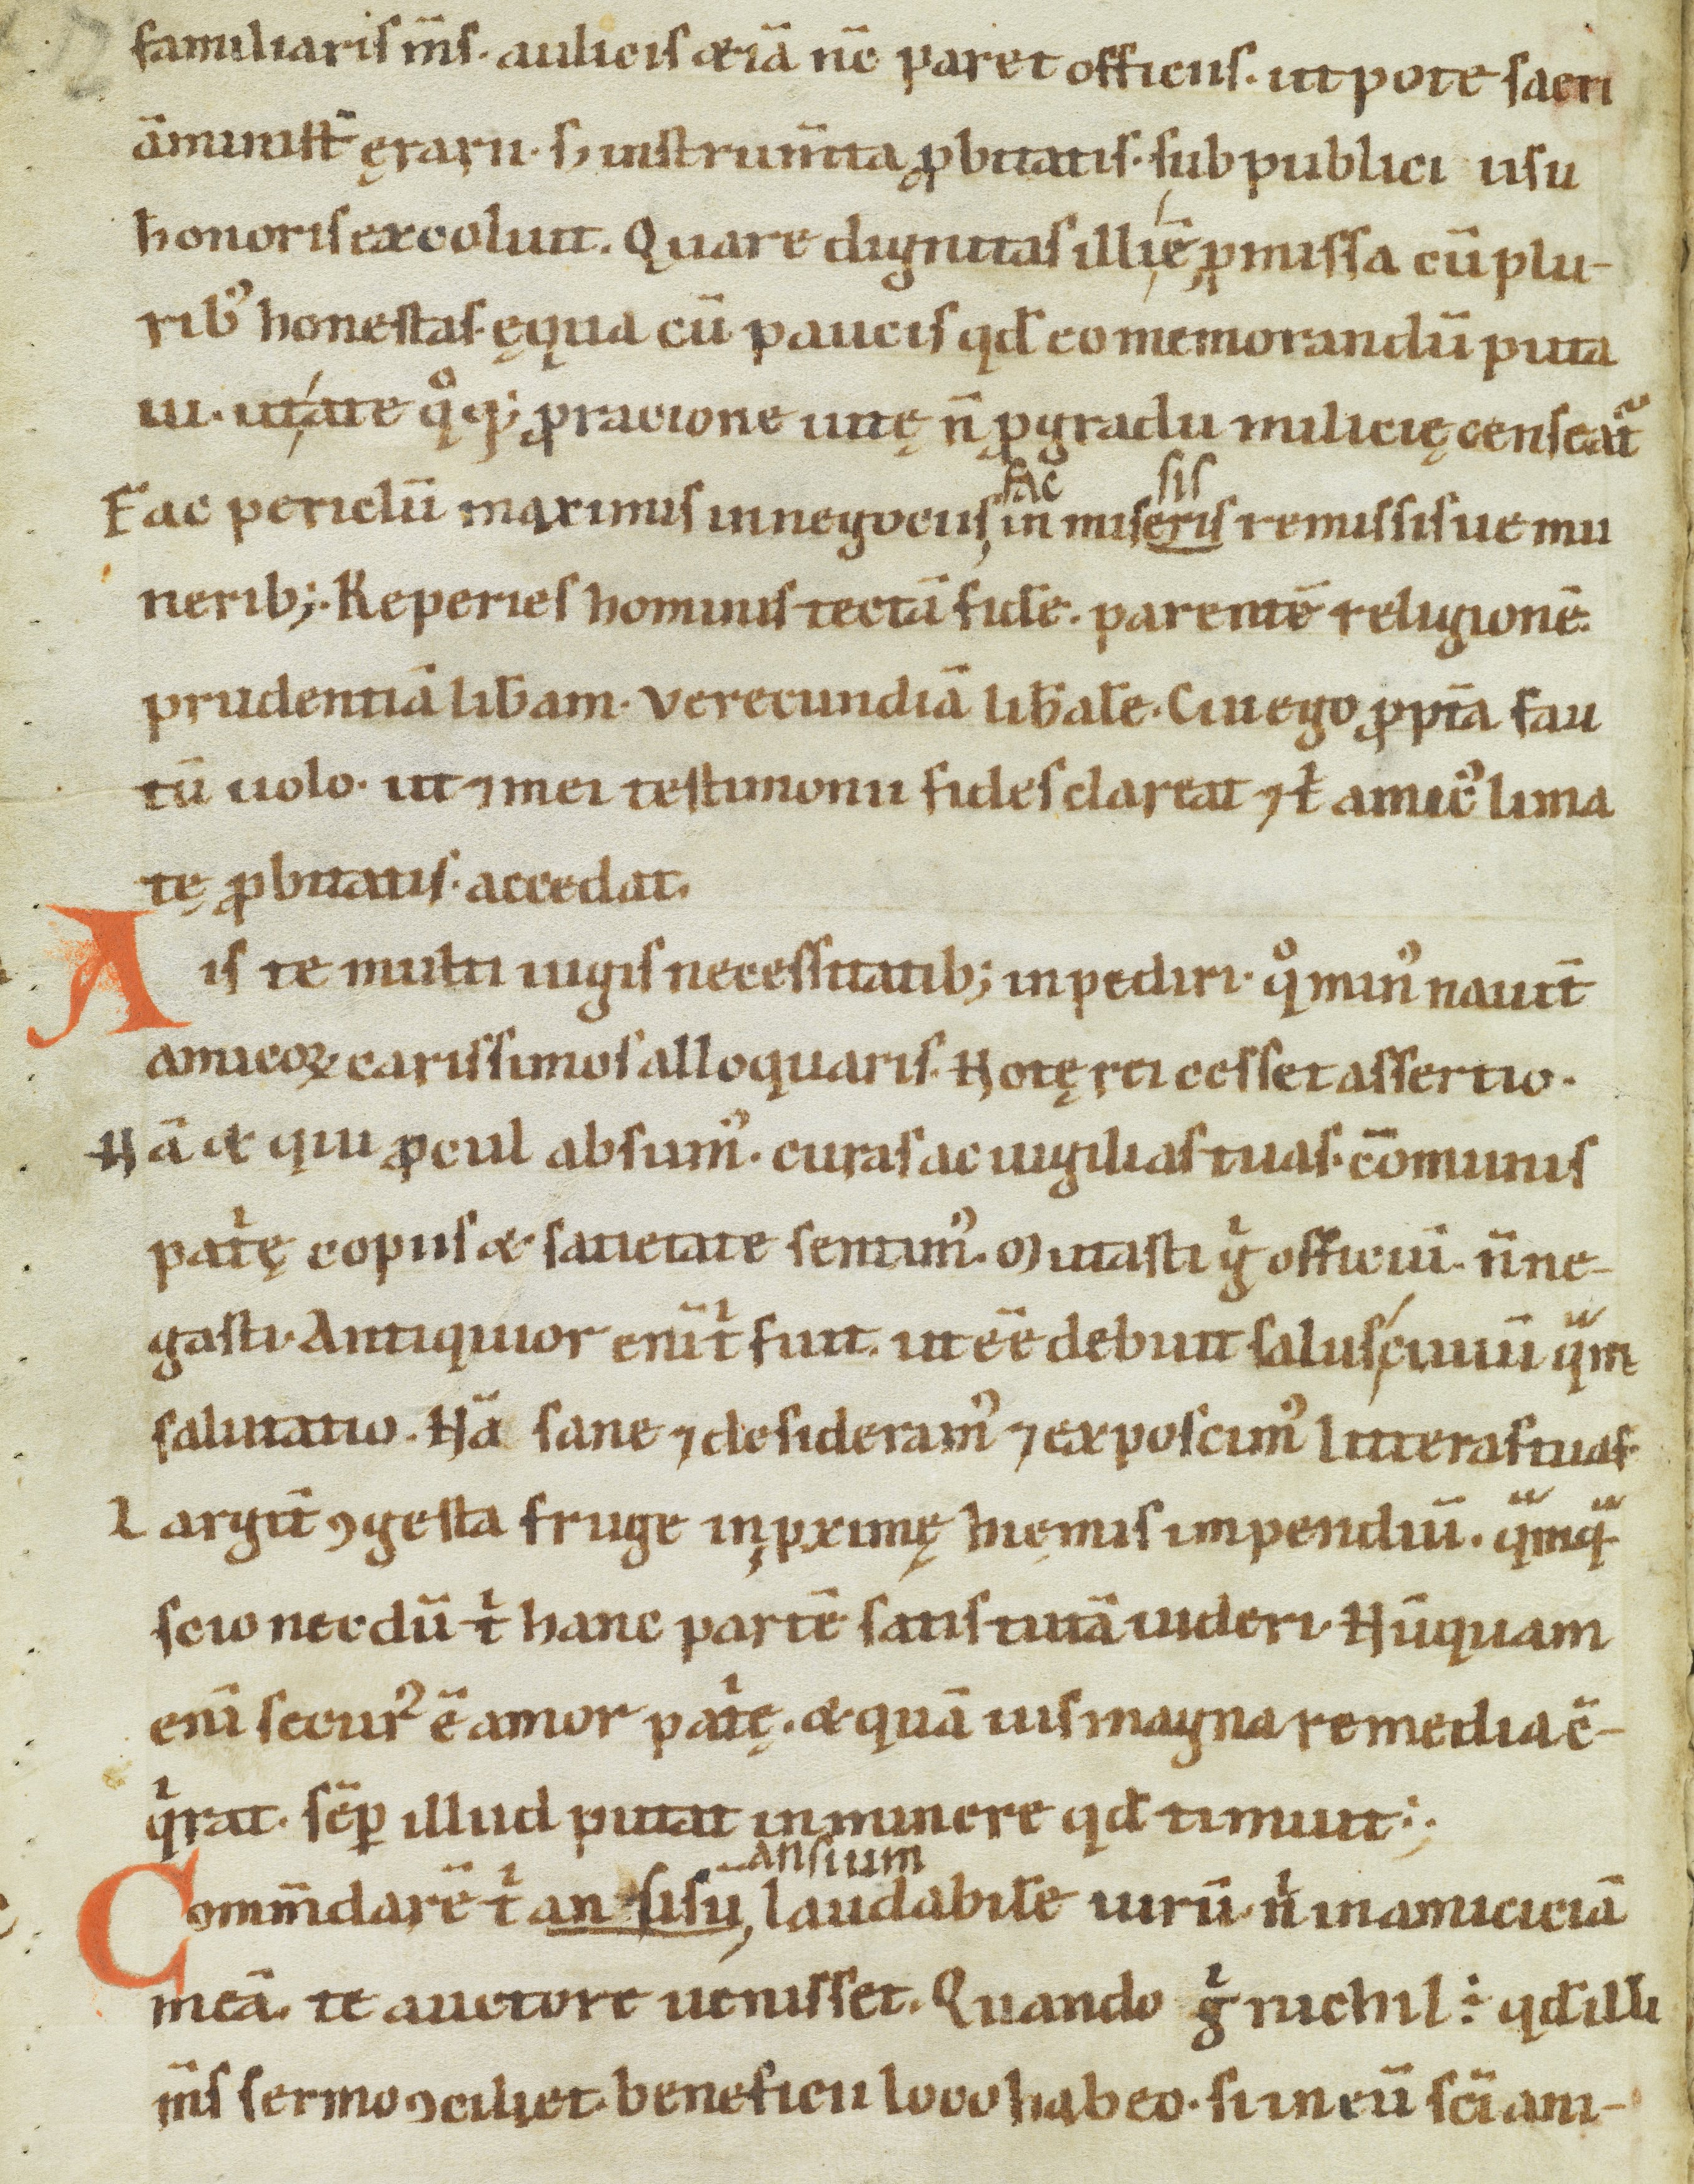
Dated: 1100–1199